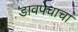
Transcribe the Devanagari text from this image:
डावपेचाचा